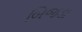
બિજડા